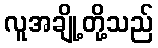
လူအချို့တို့သည်